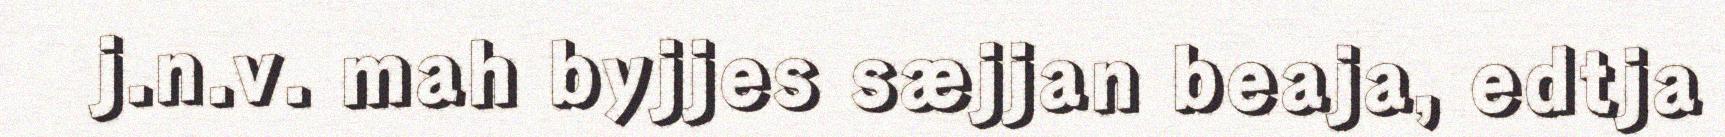
j.n.v. mah byjjes sæjjan beaja, edtja